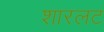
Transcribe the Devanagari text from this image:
शारलट